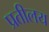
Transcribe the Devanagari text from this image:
प्रतीलय